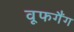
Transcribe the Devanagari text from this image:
वूफगैंग